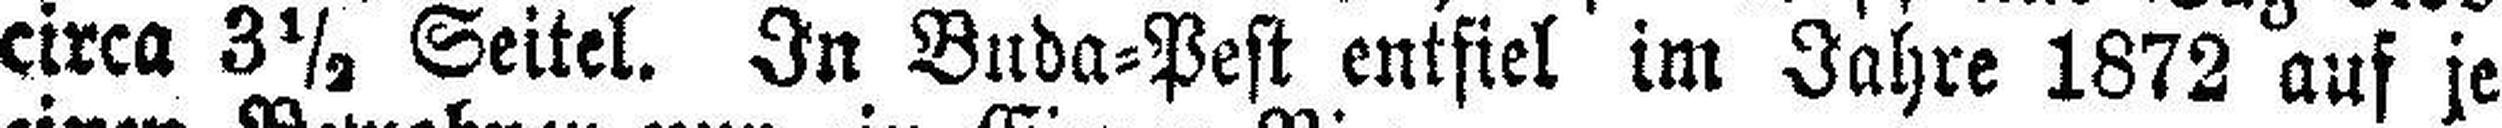
circa 3½ Seitel. In Buda=Pest entfiel im Jahre 1872 auf je